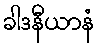
ခါဒနီယာနံ